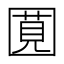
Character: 𪢯